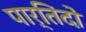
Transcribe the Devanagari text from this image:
पार्तिदो